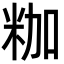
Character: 𮇒